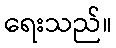
ရေးသည်။